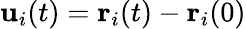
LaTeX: {\mathbf u}_{i}(t)={\mathbf r}_{i}(t)-{\mathbf r}_{i}(0)